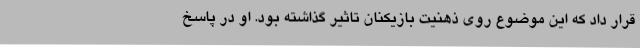
قرار داد که این موضوع روی ذهنیت بازیکنان تاثیر گذاشته بود. او در پاسخ